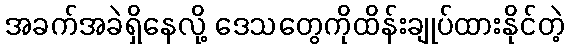
အခက်အခဲရှိနေလို့ ဒေသတွေကိုထိန်းချုပ်ထားနိုင်တဲ့